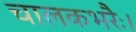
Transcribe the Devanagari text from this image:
चालकभरैः।